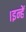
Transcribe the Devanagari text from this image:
।इन्हें